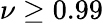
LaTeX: \nu\ge 0.99